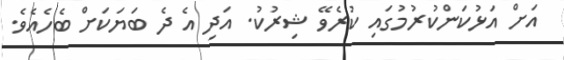
އަށް އަޅުކަންކުރުމުގައި ކުރެވޭ ޝިރުކު. އަދި އެ ދެ ބަޔަކަށް ބެހެއެވެ.